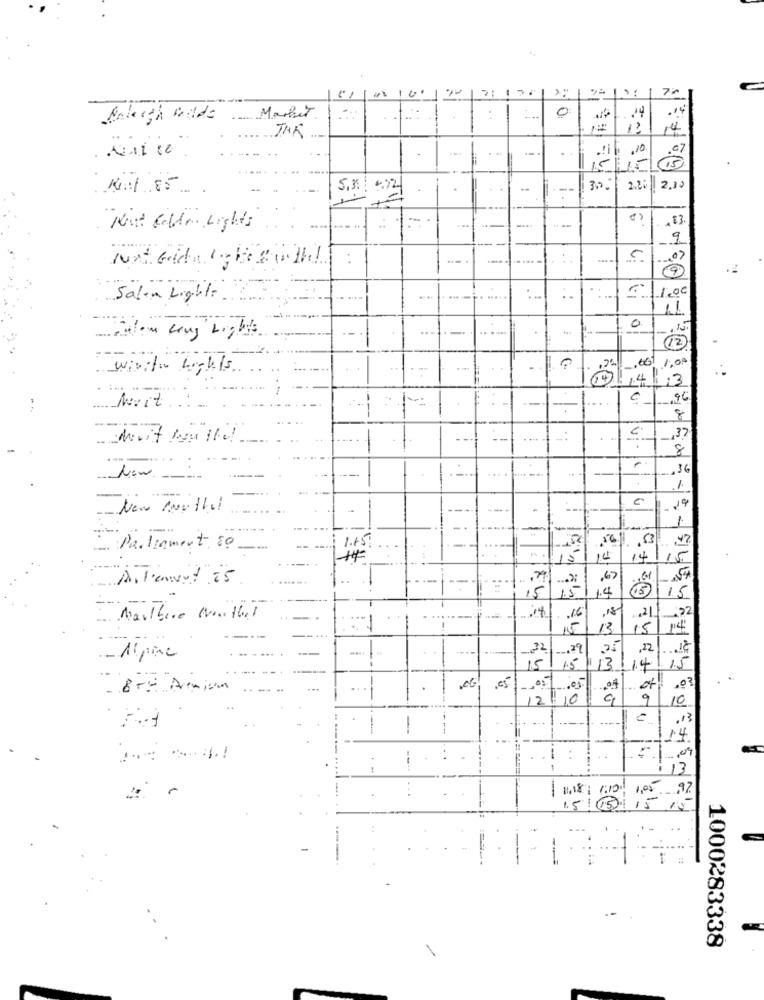
..
21 156
7ª
-
0
.14
Market
24
14
.10
1.5
15
King 85
5.31 4:32
3.0
2.25
2,10
Hint Golden Lights
9
.07
C:
1.00
TT
Salam Lights
0
How many Lights
12
=-
1,00
wiriton Lights
00143
96
Mvit
8
,37
8
...
,36
New-
New Anettel
-
Parliament, 80
1.45
14
141
Allenvat 25
is
1.4
15
Marlboro Winther
-
13
15
14
22
.29
.25
Alpine
1.5
13/14
15
20
9
10
1418: 1:10
1,05 .97
15/15/15
15
--
1000283338